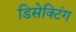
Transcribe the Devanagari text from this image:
डिसेक्टिंग